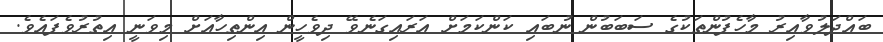
ބައްދަލުވާއިރު މާހެފުންތަކުގެ ސަބަބުން ނުބައި ކަންކަމަށް އަރައިގަނެވޭ ދިވެހީން އިންތިހާއަށް މިވަނީ އިތުރުވެފައެވެ.